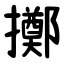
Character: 擲